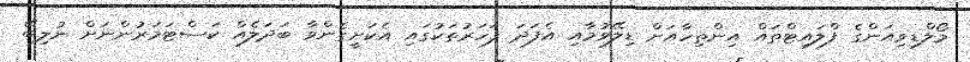
މޯލްޑިވިއަންގެ ފްލައިޓްތައް އިންތިހާއަށް ޑިލޭވުމާއި އެފަދަ ފަހަރުތަކުގައި އެކަށީގެންވާ ބަދަލެއް ކަސްޓަމަރުންނަށް ނުލިބޭ